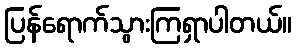
ပြန်ရောက်သွားကြရှာပါတယ်။